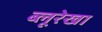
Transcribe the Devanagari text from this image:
ब्लूरेखा